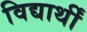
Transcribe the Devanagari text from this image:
विद्यार्थीं